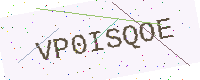
Text: VP0ISQOE